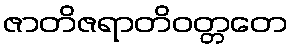
ဇာတိဇရာတိဝတ္တတေ